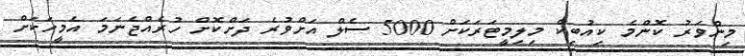
މިންވަރު ކޮންމެ ކިއުބިކް މިލިމީޓަރަކަށް 5000 ސެލް އަށްވުރެ ދަށްކޮށް ހުރެއްޖެނަމަ އެމީހަކަށް